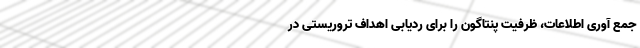
جمع آوری اطلاعات، ظرفیت پنتاگون را برای ردیابی اهداف تروریستی در